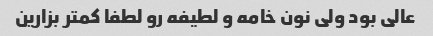
عالی بود ولی نون خامه و لطیفه رو لطفا کمتر بزارین